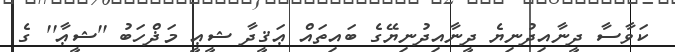
ކަވާސާ ދީނާއިދުނިޔެ ދީނާއިދުނިޔޭގެ ބައިތައް ޢަޤީދާ ޝީޢީ މަޛްހަބު ''ޝީޢާ'' ގެ